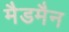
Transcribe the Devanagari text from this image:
मैडमैन